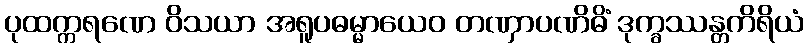
ပုထက္ကရဏေ ဝိသယာ အရူပဓမ္မာယေဝ တဏှာပဏိဓိံ ဒုက္ခဿန္တကိရိယံ